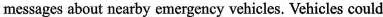
messages about nearby emergency vehicles. Vehicles could